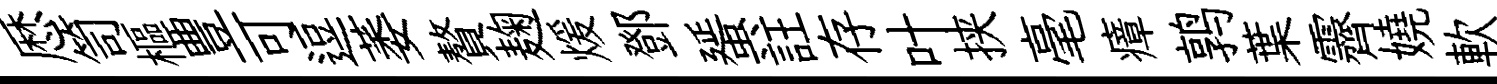
厯笥樞豊可逗萎贅麹煖鄧蜑註存叶挟毫瘴鹑葉霽嬈軟